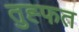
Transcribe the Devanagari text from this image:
तुह्फत